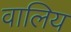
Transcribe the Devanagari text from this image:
वालिय